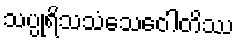
သပ္ပုရိသသံသေဝေါတိဿ